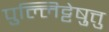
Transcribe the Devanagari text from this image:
पुल्लिट्टेष़ुत्तु